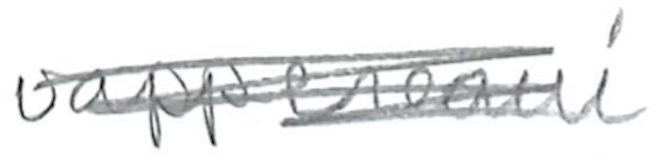
Text: vappereaui
Cross-out: scratch
Writing tool: pencil